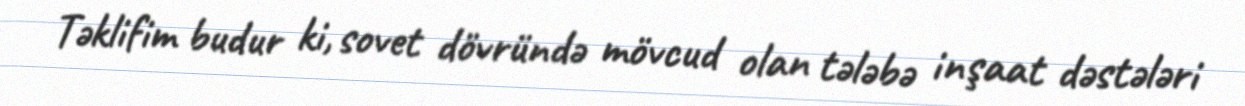
Təklifim budur ki, sovet dövründə mövcud olan tələbə inşaat dəstələri